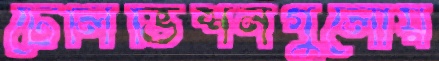
টেলিভিশনগুলোয়